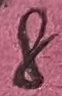
Text: 8